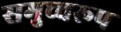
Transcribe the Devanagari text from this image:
समुच्चरूप